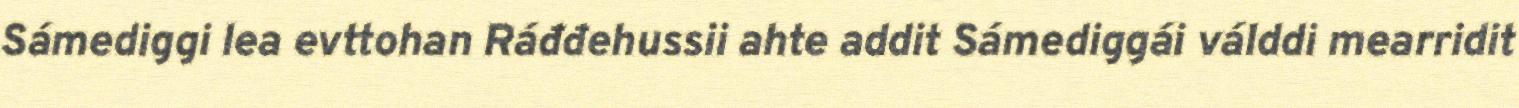
Sámediggi lea evttohan Ráđđehussii ahte addit Sámediggái válddi mearridit